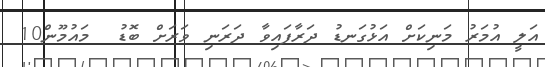
އަލީ އުމަރު މަނިކަށް އަޅުގަނޑު ދަރާފައިވާ ދަރަނި ވަރަށް ބޮޑު  މައުމޫން10